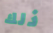
ذلك